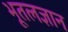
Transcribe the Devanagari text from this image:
भूतलज्ञान